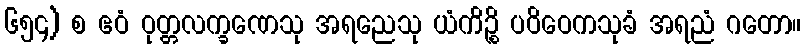
၆၅၄) စ ဧဝံ ဝုတ္တလက္ခဏေသု အရညေသု ယံကိဉ္စိ ပဝိဝေကသုခံ အရညံ ဂတော။